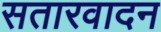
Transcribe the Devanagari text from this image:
सतारवादन